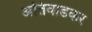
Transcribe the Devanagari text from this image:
अतिवाडकर